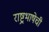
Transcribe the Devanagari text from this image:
राष्ट्रभाषेची